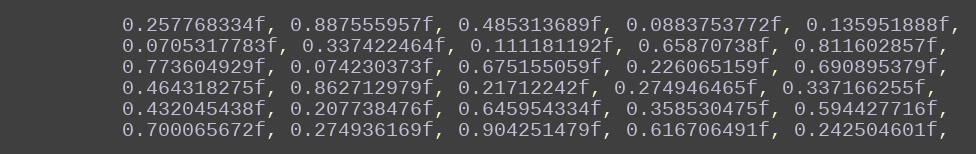
Language: C++
         0.257768334f, 0.887555957f, 0.485313689f, 0.0883753772f, 0.135951888f,
         0.0705317783f, 0.337422464f, 0.111181192f, 0.65870738f, 0.811602857f,
         0.773604929f, 0.074230373f, 0.675155059f, 0.226065159f, 0.690895379f,
         0.464318275f, 0.862712979f, 0.21712242f, 0.274946465f, 0.337166255f,
         0.432045438f, 0.207738476f, 0.645954334f, 0.358530475f, 0.594427716f,
         0.700065672f, 0.274936169f, 0.904251479f, 0.616706491f, 0.242504601f,